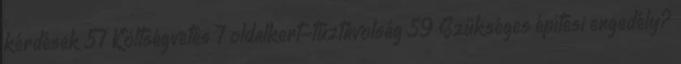
kérdések 57 Költségvetés 7 oldalkert-tűztávolság 59 Szükséges építési engedély?